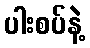
ပါးစပ်နဲ့